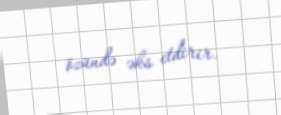
özündə əks etdirir.